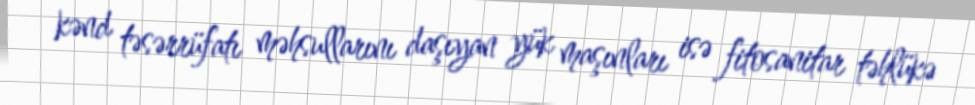
kənd təsərrüfatı məhsullarını daşıyan yük maşınları isə fitosanitar təhlükə